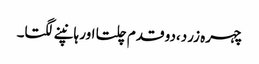
چہرہ زرد،دو قدم چلتا اور ہانپنے لگتا۔